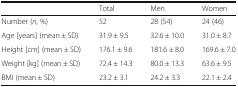
<table><thead><tr><td></td><td><b>Total</b></td><td><b>Men</b></td><td><b>Women</b></td></tr></thead><tbody><tr><td>Number (<i>n</i>, %)</td><td>52</td><td>28 (54)</td><td>24 (46)</td></tr><tr><td>Age [years] (mean ± SD)</td><td>31.9 ± 9.5</td><td>32.6 ± 10.0</td><td>31.0 ± 8.7</td></tr><tr><td>Height [cm] (mean ± SD)</td><td>176.1 ± 9.6</td><td>181.6 ± 8.0</td><td>169.6 ± 7.0</td></tr><tr><td>Weight [kg] (mean ± SD)</td><td>72.4 ± 14.3</td><td>80.0 ± 13.3</td><td>63.6 ± 9.5</td></tr><tr><td>BMI (mean ± SD)</td><td>23.2 ± 3.1</td><td>24.2 ± 3.3</td><td>22.1 ± 2.4</td></tr></tbody></table>